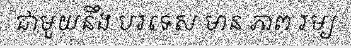
ជាមួយនឹង បរទេស មាន ភាព រម្យ